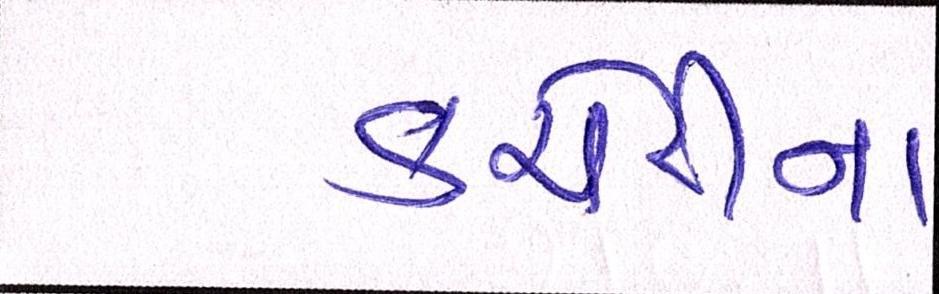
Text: કચેરીના